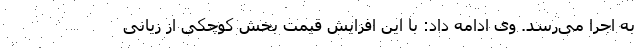
به اجرا می‌رسد. وی ادامه داد: با این افزایش قیمت بخش کوچکی از زیانی